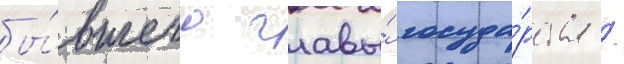
бы́вшего главы́ госуда́рства /